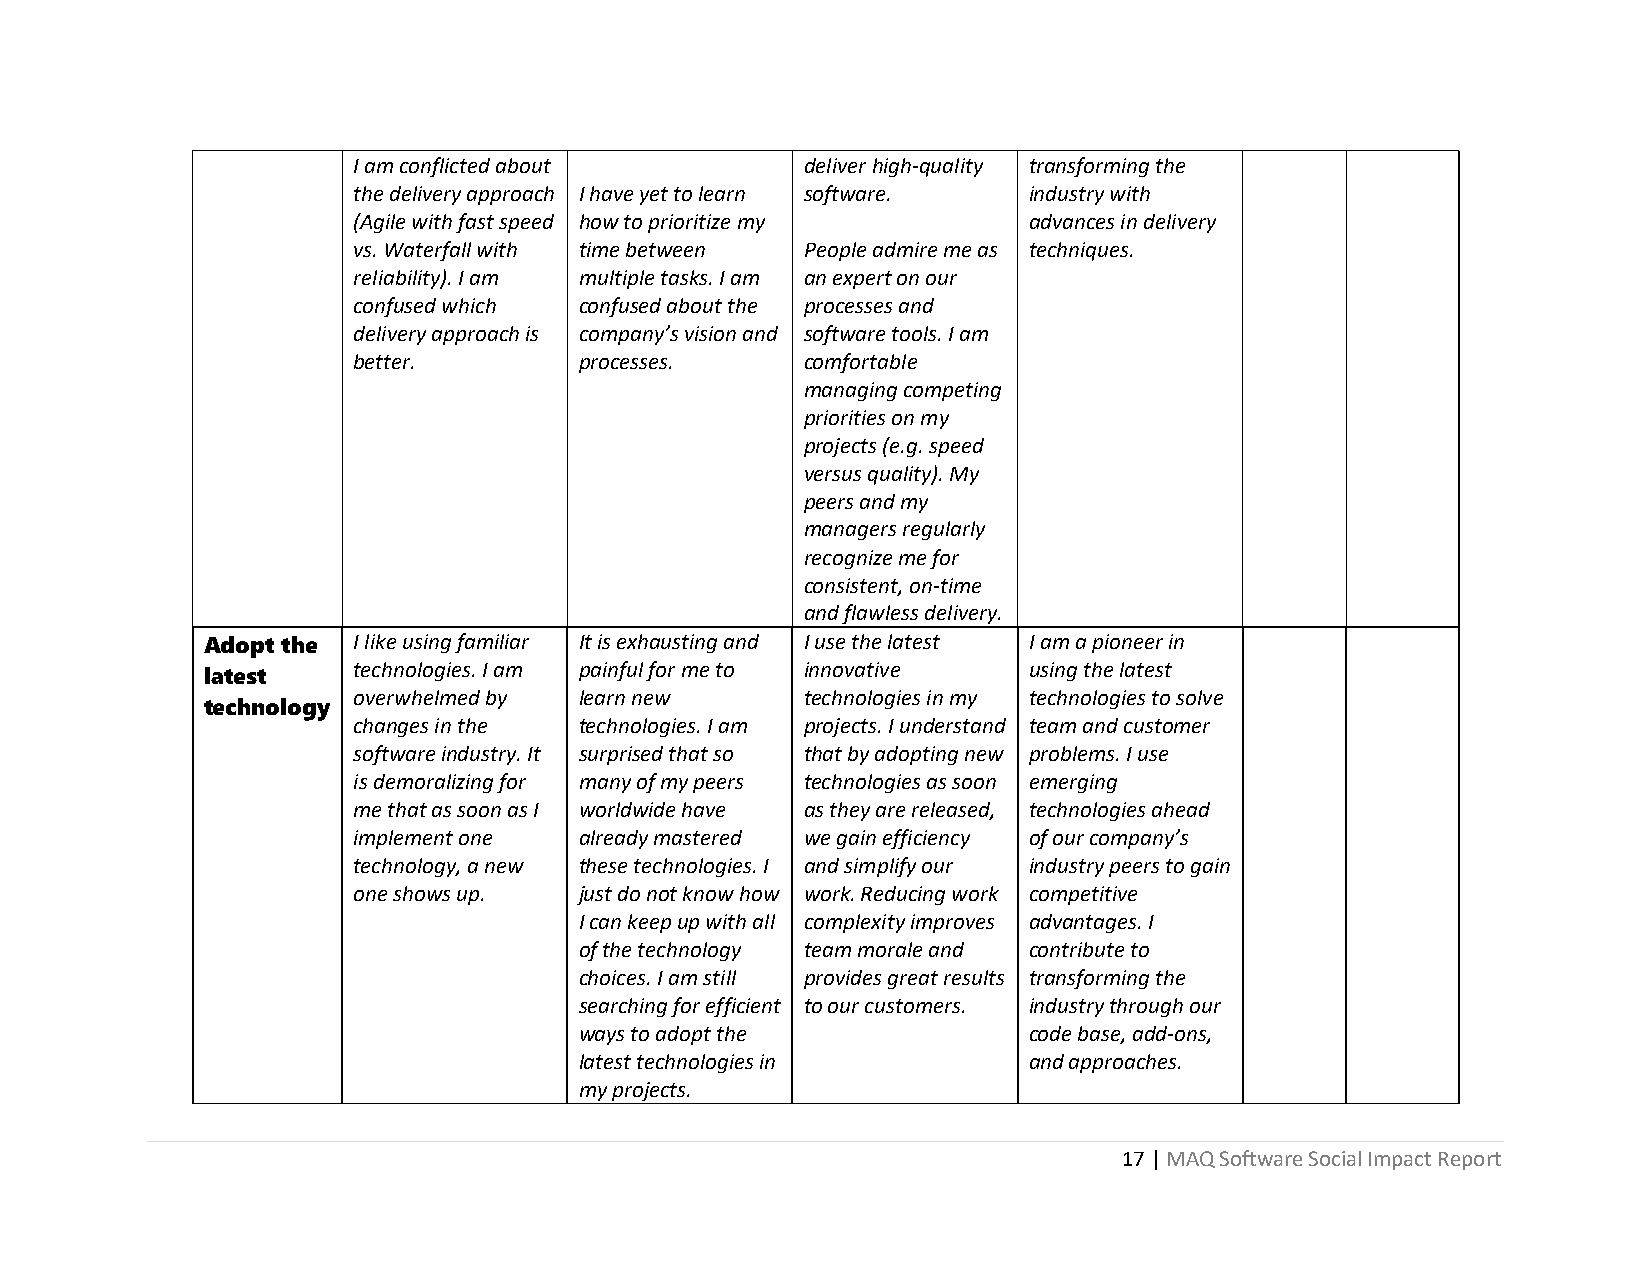
I am conflicted about         deliver high-quality transforming the
 the delivery approach I have yet to learn software. industry with
 (Agile with fast speed how to prioritize my  advances in delivery
 vs. Waterfall with time between People admire me as techniques.
 reliability). I am multiple tasks. I am an expert on our
 confused which confused about the processes and
 delivery approach is company’s vision and software tools. I am
 better.        processes.     comfortable
 managing competing
 priorities on my
 projects (e.g. speed
 versus quality). My
 peers and my
 managers regularly
 recognize me for
 consistent, on-time
 and flawless delivery.
 Adopt the I like using familiar It is exhausting and I use the latest I am a pioneer in
 latest    technologies. I am painful for me to innovative using the latest
 overwhelmed by learn new      technologies in my technologies to solve
 technology
 changes in the technologies. I am projects. I understand team and customer
 software industry. It surprised that so that by adopting new problems. I use
 is demoralizing for many of my peers technologies as soon emerging
 me that as soon as I worldwide have as they are released, technologies ahead
 implement one  already mastered we gain efficiency of our company’s
 technology, a new these technologies. I and simplify our industry peers to gain
 one shows up.  just do not know how work. Reducing work competitive
 I can keep up with all complexity improves advantages. I
 of the technology team morale and contribute to
 choices. I am still provides great results transforming the
 searching for efficient to our customers. industry through our
 ways to adopt the             code base, add-ons,
 latest technologies in        and approaches.
 my projects.
 17 | MAQ Software Social Impact Report